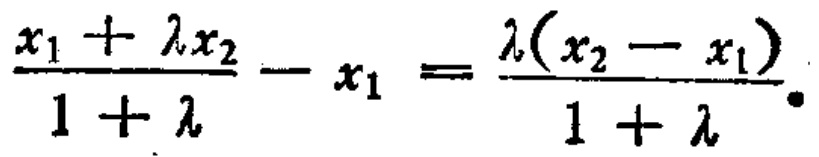
\(\frac{x_{1}+\lambda x_{2}}{1 + \lambda}-x_{1}=\frac{\lambda(x_{2}-x_{1})}{1 + \lambda}\)